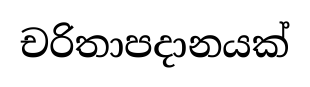
චරිතාපදානයක්